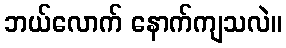
ဘယ်လောက် နောက်ကျသလဲ။